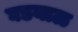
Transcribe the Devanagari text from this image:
घडयाळ